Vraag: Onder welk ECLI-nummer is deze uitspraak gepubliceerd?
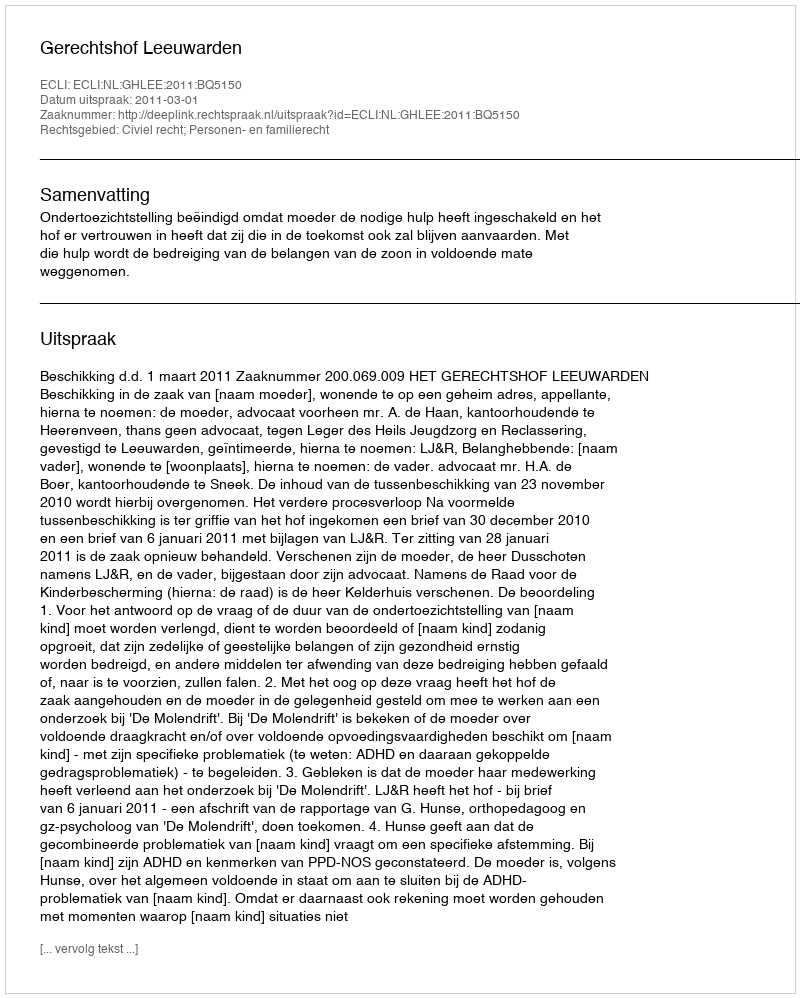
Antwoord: ECLI:NL:GHLEE:2011:BQ5150